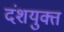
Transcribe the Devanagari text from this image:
दंशयुक्त